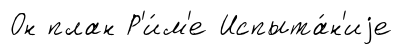
Он план Р'и́м'е Испыта́н'иjе